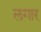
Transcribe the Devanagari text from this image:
लगार